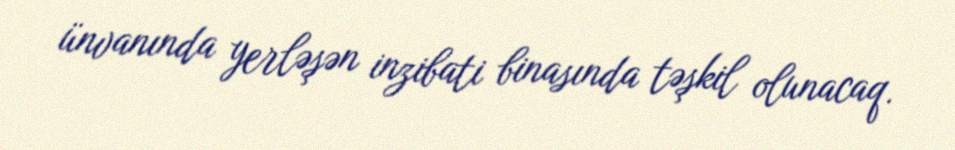
ünvanında yerləşən inzibati binasında təşkil olunacaq.